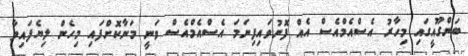
ބަންގޫއީގައި މިހާރު އެސްއެމްއެސް އެއް ފޮނުވައިފިނަމަ އެސްއެމްއެސް ވަނީ މަނާކޮށްފައި މިހެން ލިޔެފައިވާ